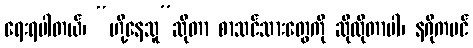
ရေးရပါတယ်၊ “ဟို့နေသူ”ဆိုတာ စာသင်သားတွေကို ဆိုလိုတာပါ၊ နဂိုကပင်